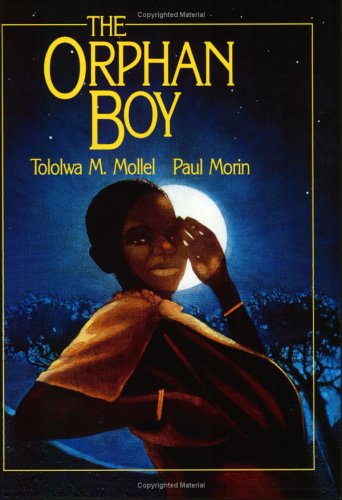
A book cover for Orphan Boy; Tololwa M. Mollel; Children's Books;